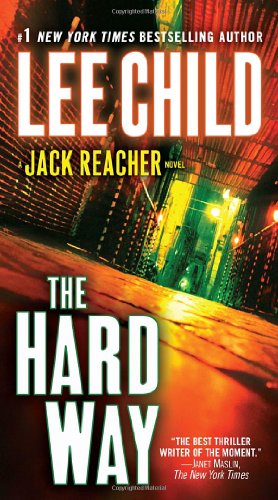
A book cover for The Hard Way (Jack Reacher); Lee Child; Mystery, Thriller & Suspense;